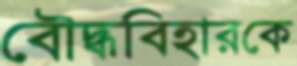
বৌদ্ধবিহারকে